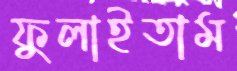
ফুলাইতাম